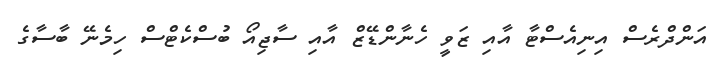
އަންދްރެސް އިނިއެސްޓާ އާއި ޒަވީ ހެނާންޑޭޒް އާއި ސާޖިއޯ ބުސްކެޓްސް ހިމެނޭ ބާސާގެ